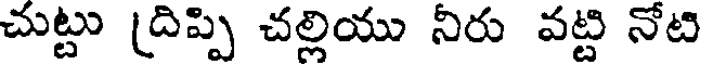
చుట్టు (దిప్పి చల్లియు నీరు వట్టి నోటి